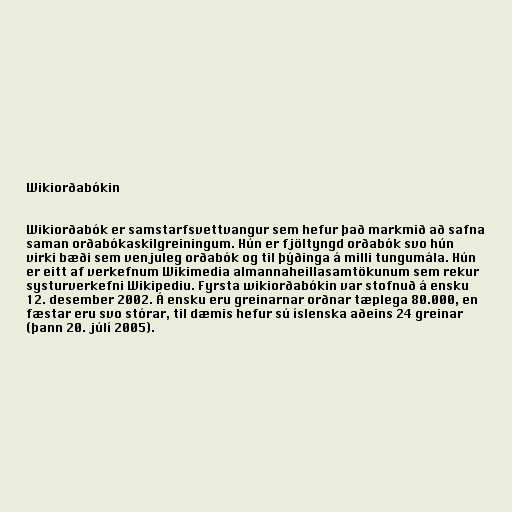
Wikiorðabókin

Wikiorðabók er samstarfsvettvangur sem hefur það markmið að safna
saman orðabókaskilgreiningum. Hún er fjöltyngd orðabók svo hún
virki bæði sem venjuleg orðabók og til þýðinga á milli tungumála. Hún
er eitt af verkefnum Wikimedia almannaheillasamtökunum sem rekur
systurverkefni Wikipediu. Fyrsta wikiorðabókin var stofnuð á ensku
12. desember 2002. Á ensku eru greinarnar orðnar tæplega 80.000, en
fæstar eru svo stórar, til dæmis hefur sú íslenska aðeins 24 greinar
(þann 20. júlí 2005).